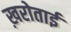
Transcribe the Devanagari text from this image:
ख़रोताई